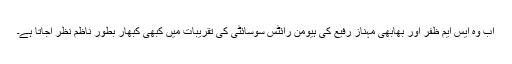
اب وہ ایس ایم ظفر اور بھابھی مہناز رفیع کی ہیومن رائٹس سوسائٹی کی تقریبات میں کبھی کبھار بطور ناظم نظر آجاتا ہے۔